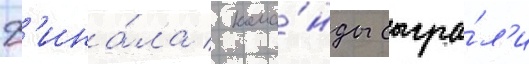
ф'ина́ла / кома́нды сыгра́л'и